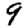
Digit: 9